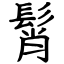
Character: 髾